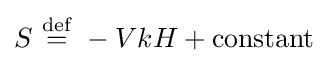
S\ {\stackrel {\mathrm {def} }{=}}\ -VkH+{\text{constant}}